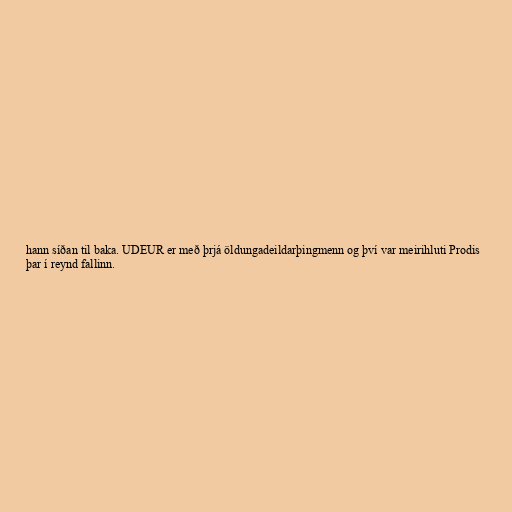
hann síðan til baka. UDEUR er með þrjá öldungadeildarþingmenn og því var meirihluti Prodis
þar í reynd fallinn.